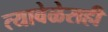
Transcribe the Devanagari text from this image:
त्यावेळेसही